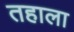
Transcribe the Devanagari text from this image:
तहाला